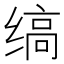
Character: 缟